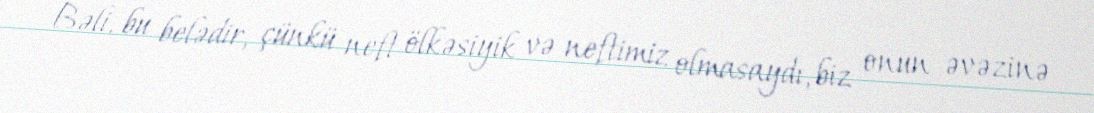
Bəli, bu belədir, çünkü neft ölkəsiyik və neftimiz olmasaydı, biz onun əvəzinə